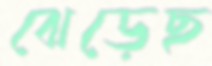
ঝেড়েছ